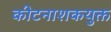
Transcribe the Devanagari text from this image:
कीटनाशकयुक्त